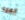
العمه